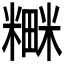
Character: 𮵼